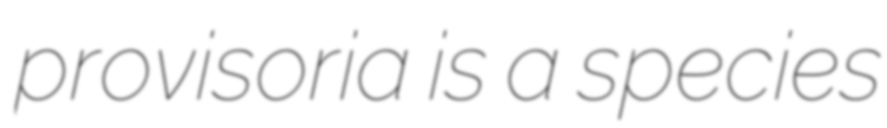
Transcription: provisoria is a species